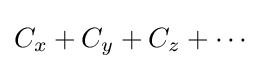
C_{x}+C_{y}+C_{z}+\cdots